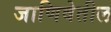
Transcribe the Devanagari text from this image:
जाणिवेतील